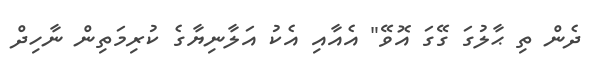
ދެން ތި ޙާލުގަ ގޭގަ އޮވޭ" އެއާއި އެކު އަލާނިޔާގެ ކުރިމަތިން ނާހިދް